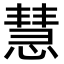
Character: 慧